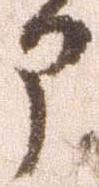
申